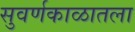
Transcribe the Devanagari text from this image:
सुवर्णकाळातला